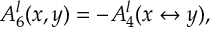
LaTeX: A _ { 6 } ^ { l } ( x , y ) = - A _ { 4 } ^ { l } ( x \leftrightarrow y ) ,